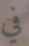
في